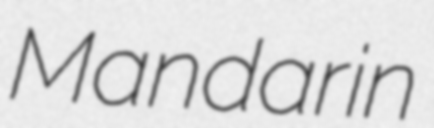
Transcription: Mandarin